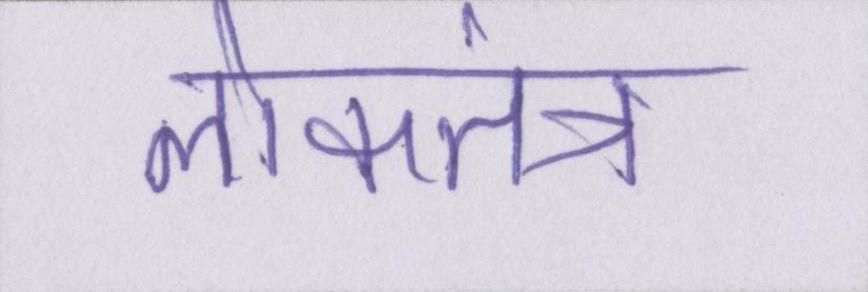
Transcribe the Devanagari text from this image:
लोकतंत्र